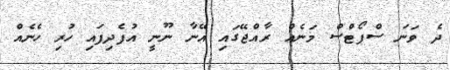
ދެ ވަނަ ސްޕޯޓްސް މަނެއް ރާއްޖޭގައި އޭނާ ނޫނީ އުފެދިފައި ހުރި ހެނެއް